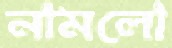
নামলো